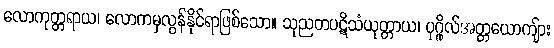
လောကုတ္တရာယ၊ လောကမှလွန်နိုင်ရာဖြစ်သော။ သုညတပဋိသံယုတ္တာယ၊ ပုဂ္ဂိုလ်အတ္တယောကျ်ား